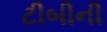
ટીબીની